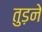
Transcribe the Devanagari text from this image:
तुड़ने